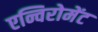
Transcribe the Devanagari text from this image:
एन्विरोमेंट